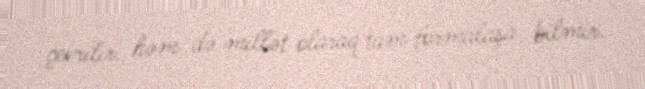
çevrilir, həm də millət olaraq tam formalaşa bilmir.